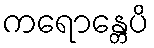
ကရောန္တေပိ